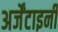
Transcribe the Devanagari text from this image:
अर्जेंटाइनी